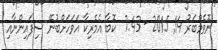
ނޮވެމްބަރު 14